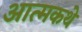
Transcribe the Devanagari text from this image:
आत्मकथे